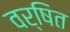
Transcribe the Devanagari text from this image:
वर्षित